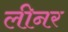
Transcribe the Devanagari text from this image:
लीनर